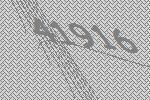
41916